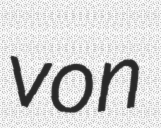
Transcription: von